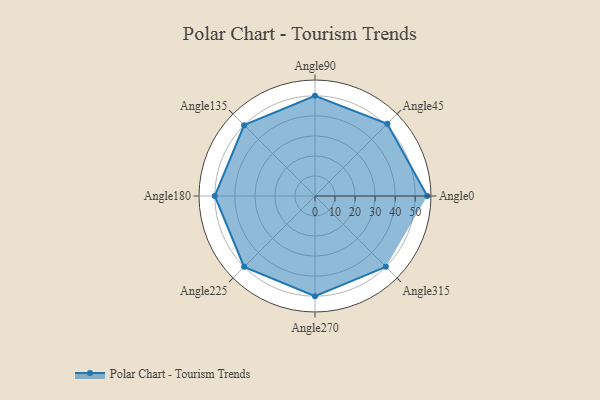
{"axis": {"x": "Angle", "y": "Radius"}, "legend": [""], "data": [{"x": "Angle0", "y": 56.0, "type": ""}, {"x": "Angle45", "y": 51.0, "type": ""}, {"x": "Angle90", "y": 50, "type": ""}, {"x": "Angle135", "y": 50, "type": ""}, {"x": "Angle180", "y": 50, "type": ""}, {"x": "Angle225", "y": 50, "type": ""}, {"x": "Angle270", "y": 50, "type": ""}, {"x": "Angle315", "y": 50.0, "type": ""}]}